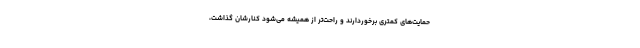
حمایت‌های کمتری برخوردارند و راحت‌تر از همیشه می‌شود کنارشان گذاشت،